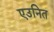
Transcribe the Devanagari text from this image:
एउनित